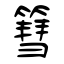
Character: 篲